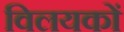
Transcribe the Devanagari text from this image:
विलयकों